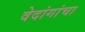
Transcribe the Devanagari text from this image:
वेदांगांचा